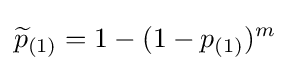
{\widetilde {p}}_{(1)}=1-(1-p_{(1)})^{m}